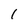
Character: 1